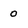
Character: o